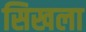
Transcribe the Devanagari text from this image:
सिखला